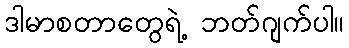
ဒါမာစတာတွေရဲ့ ဘတ်ဂျက်ပါ။